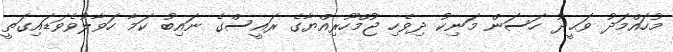
މުހައްމަދު ވަޙީދު ހަސަން މަނިކު ދިވެހި ޖުމްހޫރިއްޔާގެ ރައީސްގެ ނައިބު ކަމާ ހަވާލުވެވަޑައިގަތީ